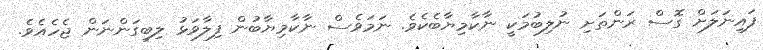
ފައިނަލަށް ގޮސް ރަންތަށި ނުލިބުމަކީ ނާކާމިޔާބެކެވެ. ނަމަވެސް ނާކާމިޔާބުން ފިލާވަޅު ލިބިގަންނަން ޖެހެއެވެ.